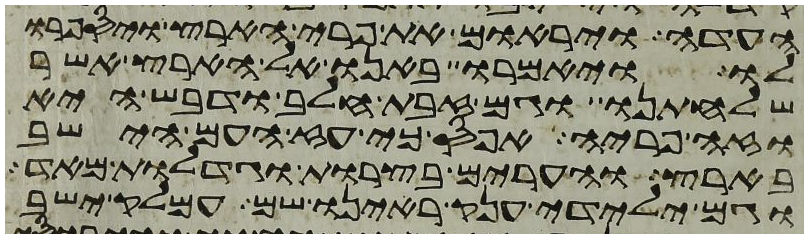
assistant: העדה ויראום את פרי הארץ ויספרו
לו ויאמרו באנו אל הארץ אשר
שלחתנו וגם זבת חלב ודבש היא
וזה פריה אפס כי עז העם הישב
בארץ והערים בצרות וגדלות מאד
וגם ילידי ענק ראינו שם עמלק ישב